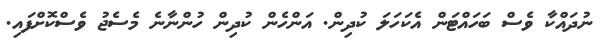
ނުދައްކާ ވެސް ބަހައްޓަން އެކަހަލަ ކުދިން. އަންހެން ކުދިން ހުންނާނެ މެސެޖު ވެސްކޮށްފައި.